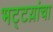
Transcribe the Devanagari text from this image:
भट्टय़ांचा